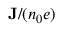
\mathbf { J } / ( n _ { 0 } e )